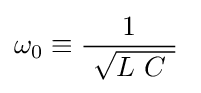
\omega _{0}\equiv {\frac {1}{\ {\sqrt {L\ C\ }}}}~